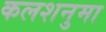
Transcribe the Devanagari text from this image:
कलशनुमा